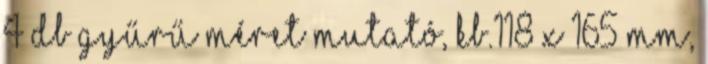
4 db Gyűrű méret mutató, kb.118 x 165 mm,